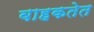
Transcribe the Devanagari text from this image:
वाहकतेत